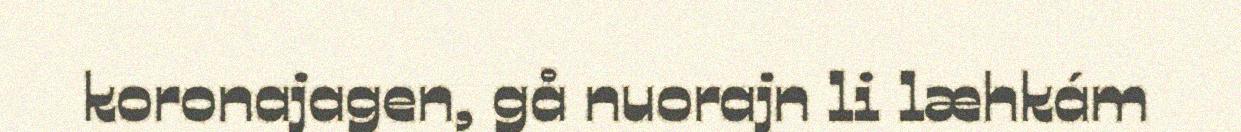
koronajagen, gå nuorajn li læhkám